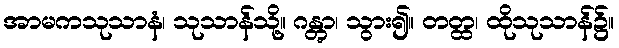
အာမကသုသာနံ၊ သုသာန်သို့။ ဂန္တွာ၊ သွား၍။ တတ္ထ၊ ထိုသုသာန်၌။